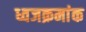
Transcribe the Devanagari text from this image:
ध्वजक्रमांक